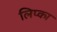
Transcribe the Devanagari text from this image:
लिप्का